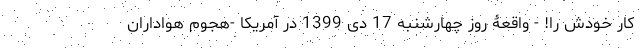
کار خودش را! - واقعۀ روز چهارشنبه 17 دی 1399 در آمریکا -هجوم هواداران